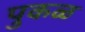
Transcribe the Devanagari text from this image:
पुकळ